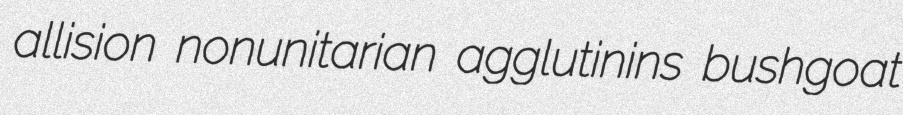
allision nonunitarian agglutinins bushgoat